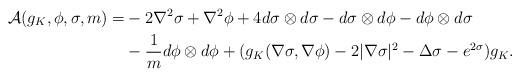
LaTeX: \begin{align*} \mathcal{A}(g_K, \phi, \sigma, m) = &-2\nabla^2\sigma + \nabla^2\phi + 4d\sigma\otimes d\sigma - d\sigma\otimes d\phi - d\phi\otimes d\sigma \\ &-\frac{1}{m} d\phi\otimes d\phi + (g_K(\nabla\sigma, \nabla\phi) - 2|\nabla\sigma|^2 - \Delta\sigma - e^{2\sigma})g_K.\end{align*}